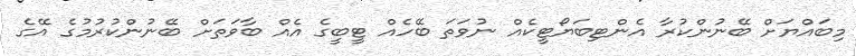
މިބައްޔަށް ބޭނުންކުރާ އެންޓިބަޔޯޓީކެއް ނުވަތަ ބޭހެއް ޓީބީގެ އެއް ބާވަތަށް ބޭނުންކުރުމުގެ އޭގެ